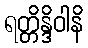
ရတ္တိန္ဒိဝါနိ